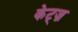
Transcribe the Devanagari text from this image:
केट्ज़